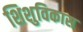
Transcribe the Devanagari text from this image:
शिशुविकास